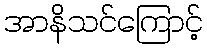
အာနိသင်ကြောင့်